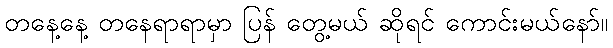
တနေ့နေ့ တနေရာရာမှာ ပြန် တွေ့မယ် ဆိုရင် ကောင်းမယ်နော်။